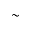
\sim